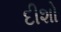
દીશો